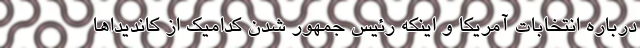
درباره انتخابات آمریکا و اینکه رئیس جمهور شدن کدامیک از کاندیداها